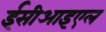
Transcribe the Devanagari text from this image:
ईसीआइएल